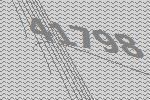
41798